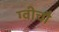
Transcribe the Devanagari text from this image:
ग्वीचौ